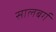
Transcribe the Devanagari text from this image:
सालबर्ग